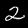
Label: 2